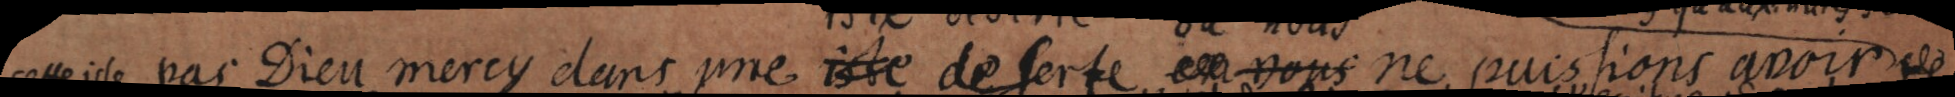
cette isle pas Dieu mercy dans une isle deserte ou nous ne puissions avoir de